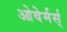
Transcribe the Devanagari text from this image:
ओवेर्मर्स्